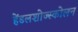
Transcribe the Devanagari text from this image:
हेंडलशोज्स्कोलन